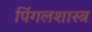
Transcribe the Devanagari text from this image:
पिंगलशास्त्र